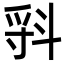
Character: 𣁷